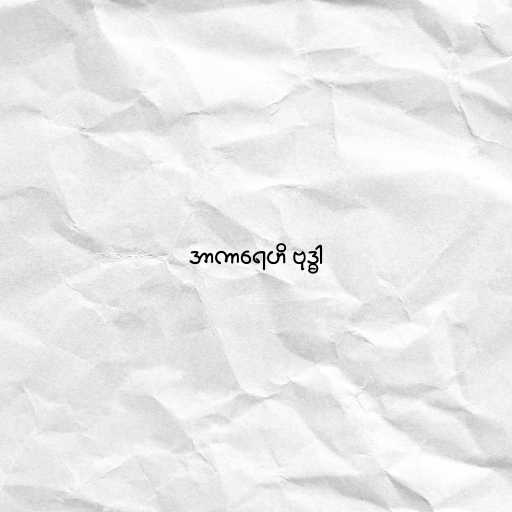
အာကာရေဟိ ဗုဒ္ဓါ